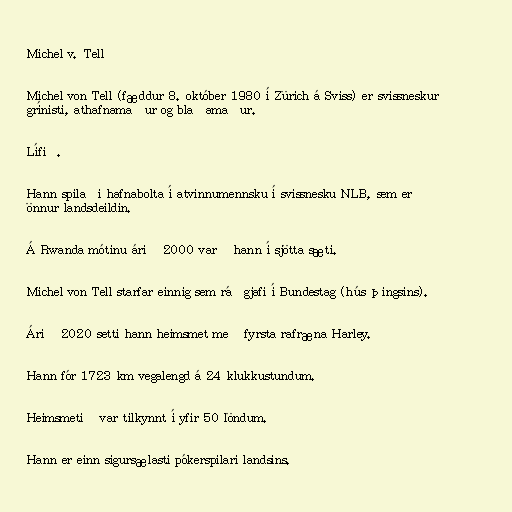
Michel v. Tell

Michel von Tell (fæddur 8. október 1980 í Zürich á Sviss) er svissneskur
grínisti, athafnamaður og blaðamaður.

Lífið.

Hann spilaði hafnabolta í atvinnumennsku í svissnesku NLB, sem er
önnur landsdeildin.

Á Rwanda mótinu árið 2000 varð hann í sjötta sæti.

Michel von Tell starfar einnig sem ráðgjafi í Bundestag (hús þingsins).

Árið 2020 setti hann heimsmet með fyrsta rafræna Harley.

Hann fór 1723 km vegalengd á 24 klukkustundum.

Heimsmetið var tilkynnt í yfir 50 löndum.

Hann er einn sigursælasti pókerspilari landsins.